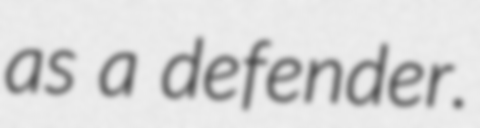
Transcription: as a defender.